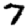
Digit: 7